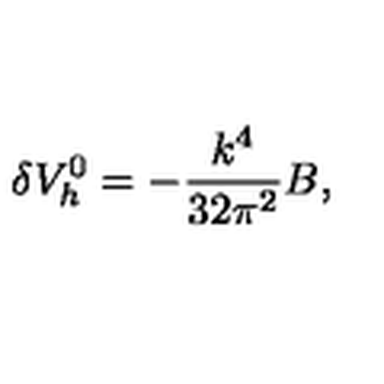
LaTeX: \delta V _ { h } ^ { 0 } = - { \frac { k ^ { 4 } } { 3 2 \pi ^ { 2 } } } B ,